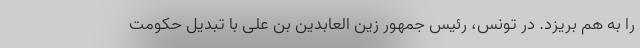
را به هم بریزد. در تونس، رئیس جمهور زین العابدین بن علی با تبدیل حکومت